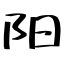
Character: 阳